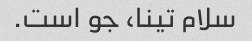
سلام تینا، جو است.